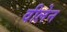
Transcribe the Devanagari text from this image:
वीलेन